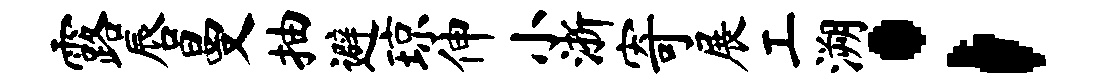
露唇曼抽避琼伸小浙寄展工溯；